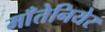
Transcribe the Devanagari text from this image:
माँतेनियेर